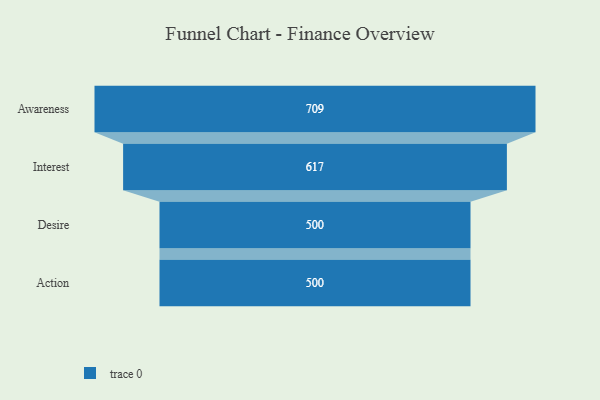
{"axis": {"x": "Stage", "y": "Value"}, "legend": [""], "data": [{"x": "Awareness", "y": 709.0, "type": ""}, {"x": "Interest", "y": 617.0, "type": ""}, {"x": "Desire", "y": 500, "type": ""}, {"x": "Action", "y": 500, "type": ""}]}